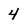
Character: 4